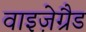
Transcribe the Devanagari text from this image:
वाइज़ेग्रैड